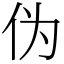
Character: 伪